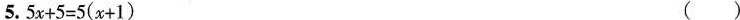
5.$$5 x + 5 = 5 ( x + 1 )$$ ( )